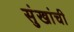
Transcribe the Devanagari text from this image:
सुंखांची